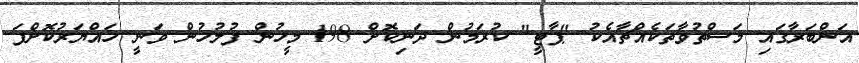
އަންބަރާގައި މަސްތުވާތަކެއްޗާއެކު "ޕާޓީ" ކުރަމުން ދަނިކޮށް 198 މީހުން ފުލުހުން ވަނީ ހައްޔަރުކޮށްފަ